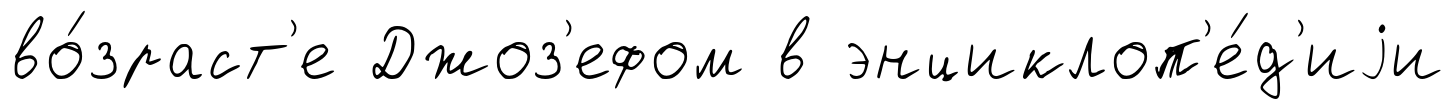
во́зраст'е Джоз'ефом в энциклоп'е́д'иjи